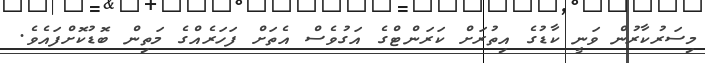
މިސަރުކާރުން ވަނީ ކާޑުގެ އިތުރަށް ކަރަންޓްގެ އަގުވެސް އެތަށް ފަހަރެއްގެ މަތިން ބޮޑުކޮށްފައެވެ.